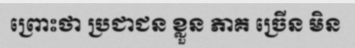
ព្រោះថា ប្រជាជន ខ្លួន ភាគ ច្រើន មិន